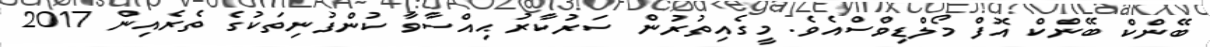
ބޭންކް ބޭންކް އޮފް މޯލްޑިވްސްއެވެ. މީގެއިތުރުން ސަރުކާރު ޙިއްސާވާ ކުންފުނިތަކުގެ ތެރެއިން 2017